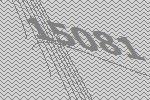
15081